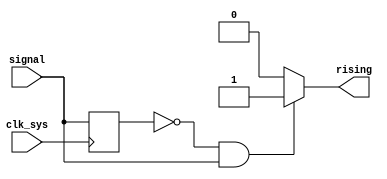
module rising_edge(
  input clk_sys,
  input signal,
  output rising
);

assign rising = ~old & signal ? 1'b1 : 1'b0;

reg old;
always @(posedge clk_sys)
  old <= signal;


endmodule